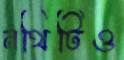
নথিটিও